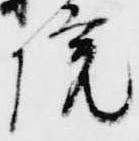
院